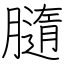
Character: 膸